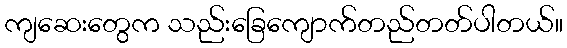
ကျဆေးတွေက သည်းခြေကျောက်တည်တတ်ပါတယ်။